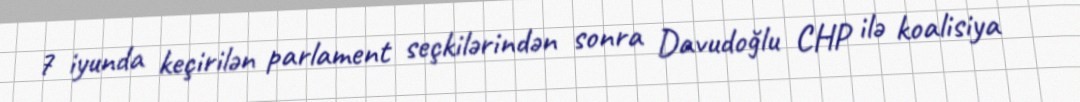
7 iyunda keçirilən parlament seçkilərindən sonra Davudoğlu CHP ilə koalisiya